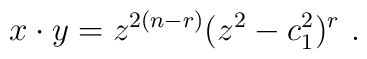
x\cdot y = z^{2(n-r)}(z^2- c_1^2)^r~.